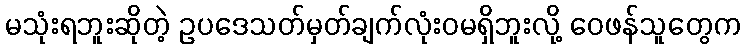
မသုံးရဘူးဆိုတဲ့ ဥပဒေသတ်မှတ်ချက်လုံးဝမရှိဘူးလို့ ဝေဖန်သူတွေက